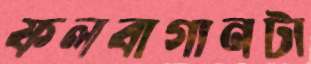
ফলবাগানটা